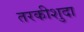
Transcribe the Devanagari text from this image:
तरकीशुदा